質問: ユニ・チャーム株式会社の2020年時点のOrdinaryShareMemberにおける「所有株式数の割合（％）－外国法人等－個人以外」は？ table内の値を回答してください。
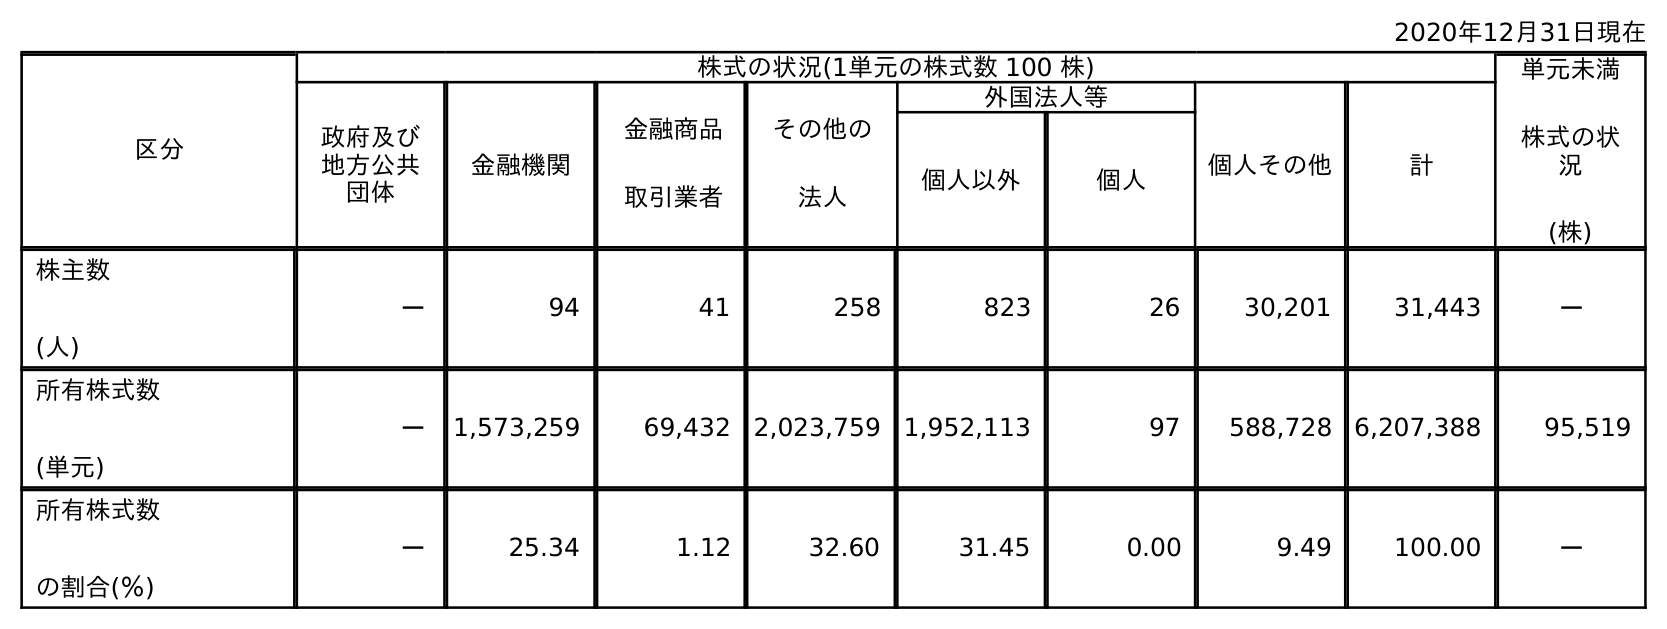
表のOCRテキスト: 2020年12月31日現在 区分 株式の状況(1単元の株式数 100 株) 単元未満 株式の状 況 (株) 政府及び 地方公共 団体 金融機関 金融商品 取引業者 その他の 法人 外国法人等 個人その他 計 個人以外 個人 株主数 (人) － 94 41 258 823 26 30,201 31,443 － 所有株式数 (単元) － 1,573,259 69,432 2,023,759 1,952,113 97 588,728 6,207,388 95,519 所有株式数 の割合(％) － 25.34 1.12 32.60 31.45 0.00 9.49 100.00 －
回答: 31.45